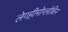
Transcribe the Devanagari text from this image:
लेगहीमोग्लोबिन